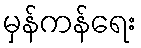
မှန်ကန်ရေး